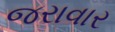
જરાવાર